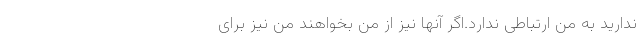
ندارید به من ارتباطی ندارد.اگر آنها نیز از من بخواهند من نیز برای